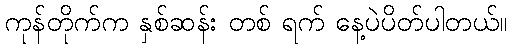
ကုန်တိုက်က နှစ်ဆန်း တစ် ရက် နေ့ပဲပိတ်ပါတယ်။